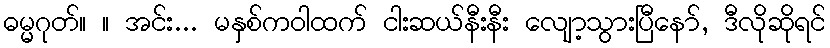
ဓမ္မဂုတ်။ ။ အင်း... မနှစ်ကဝါထက် ငါးဆယ်နီးနီး လျော့သွားပြီနော်, ဒီလိုဆိုရင်